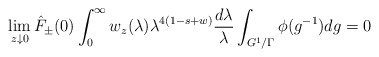
\begin{align*}\lim_{z \downarrow 0}\hat{F}_{\pm}(0)\int_0^\infty w_z(\lambda)\lambda^{4(1-s+w)} \frac{d\lambda}{\lambda} \int_{G^1/\Gamma} \phi(g^{-1}) dg = 0\end{align*}